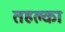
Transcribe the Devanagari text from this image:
तहल्‍का